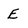
Character: E